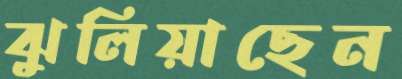
ঝুলিয়াছেন